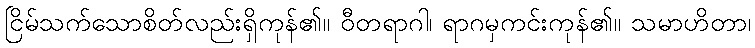
ငြိမ်သက်သောစိတ်လည်းရှိကုန်၏။ ဝီတရာဂါ၊ ရာဂမှကင်းကုန်၏။ သမာဟိတာ၊